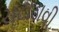
ચટાડાવી